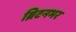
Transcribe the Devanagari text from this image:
ब्रिटनभर